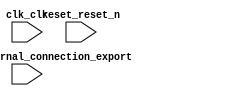

module nios_3pio (
	clk_clk,
	reset_reset_n,
	swin_pio_external_connection_export);	

	input		clk_clk;
	input		reset_reset_n;
	input	[3:0]	swin_pio_external_connection_export;
endmodule